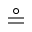
\circeq